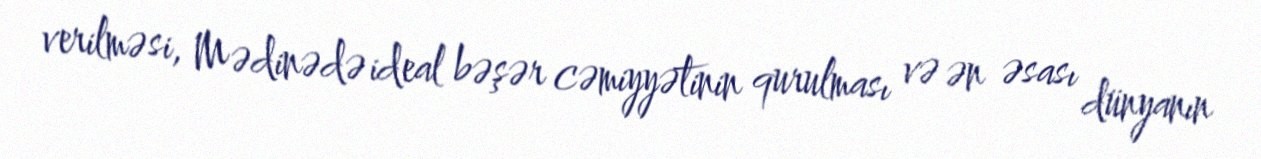
verilməsi, Mədinədə ideal bəşər cəmiyyətinin qurulması və ən əsası dünyanın